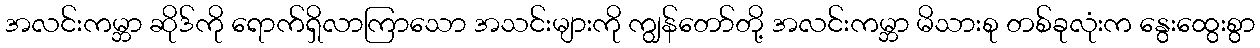
အလင်းကမ္ဘာ ဆိုဒ်ကို ရောက်ရှိလာကြာသော အသင်းများကို ကျွန်တော်တို့ အလင်းကမ္ဘာ မိသားစု တစ်ခုလုံးက နွေးထွေးစွာ